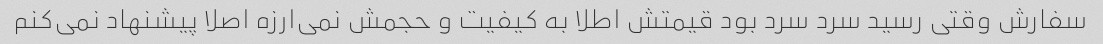
سفارش وقتی رسید سرد سرد بود قیمتش اطلا به کیفیت و حجمش نمی‌ارزه اصلا پیشنهاد نمی‌کنم